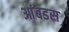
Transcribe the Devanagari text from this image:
आंबडस